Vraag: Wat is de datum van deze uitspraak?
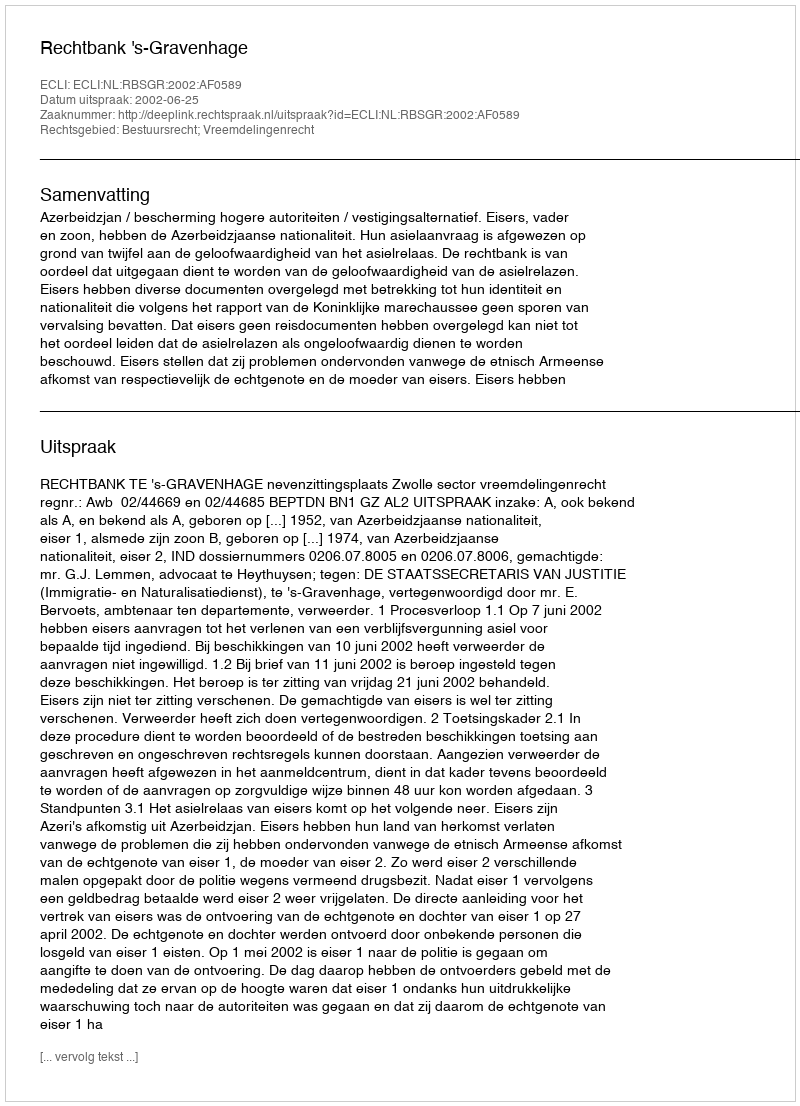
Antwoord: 2002-06-25